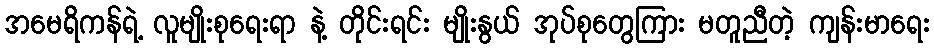
အမေရိကန်ရဲ့ လူမျိုးစုရေးရာ နဲ့ တိုင်းရင်း မျိုးနွယ် အုပ်စုတွေကြား မတူညီတဲ့ ကျန်းမာရေး